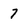
Character: 7